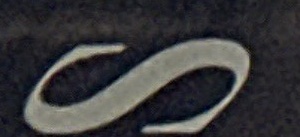
S